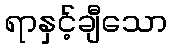
ရာနှင့်ချီသော